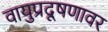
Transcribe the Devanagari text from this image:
वायुप्रदूषणावर